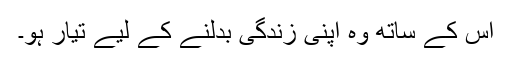
اس کے ساتھ وہ اپنی زندگی بدلنے کے لیے تیار ہو۔